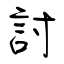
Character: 討